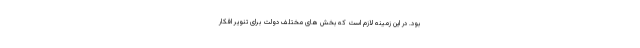
بود. در این زمینه لازم است که بخش های مختلف دولت برای تنویر افکار